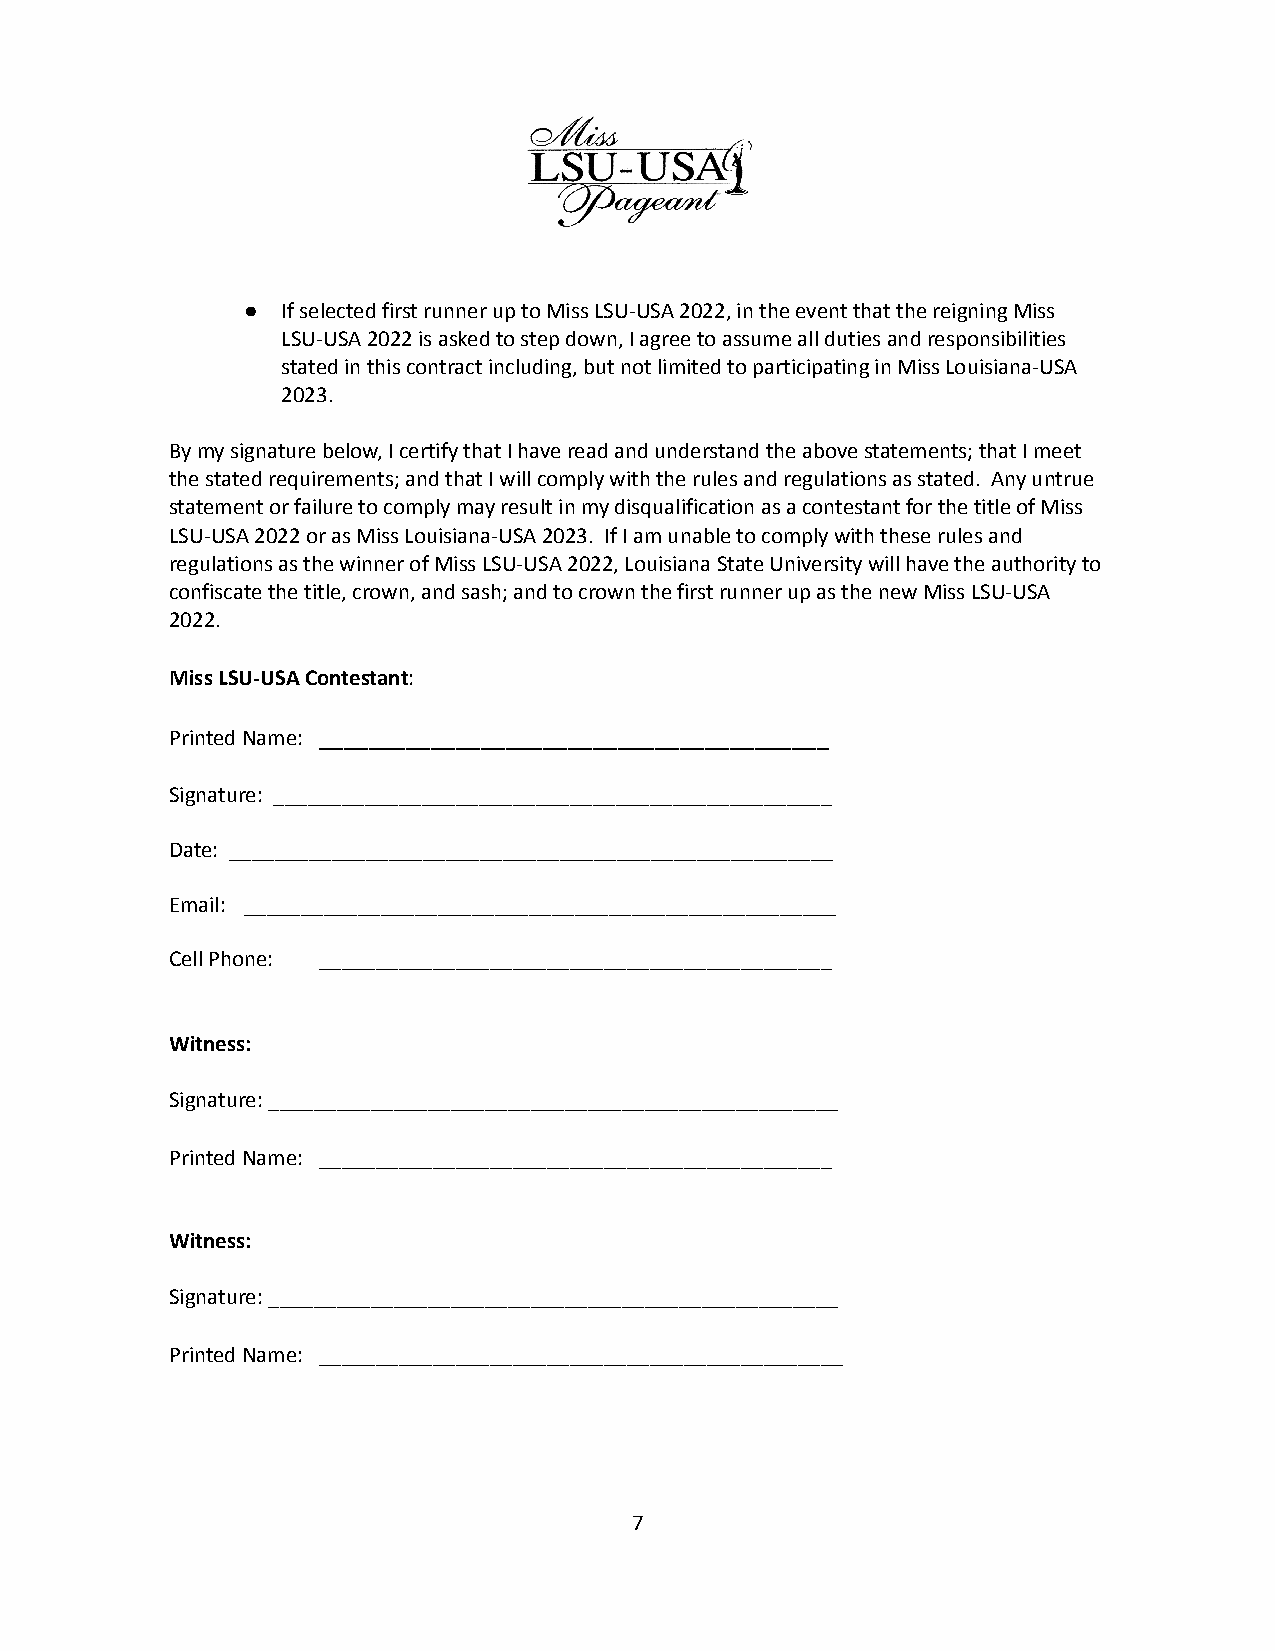
●  If selected first runner up to Miss LSU-USA 2022, in the event that the reigning Miss
 LSU-USA 2022 is asked to step down, I agree to assume all duties and responsibilities
 stated in this contract including, but not limited to participating in Miss Louisiana-USA
 2023.
 By my signature below, I certify that I have read and understand the above statements; that I meet
 the stated requirements; and that I will comply with the rules and regulations as stated. Any untrue
 statement or failure to comply may result in my disqualification as a contestant for the title of Miss
 LSU-USA 2022 or as Miss Louisiana-USA 2023. If I am unable to comply with these rules and
 regulations as the winner of Miss LSU-USA 2022, Louisiana State University will have the authority to
 confiscate the title, crown, and sash; and to crown the first runner up as the new Miss LSU-USA
 2022.
 Miss LSU-USA Contestant:
 Printed Name: _________________________________________
 Signature: _________________________________________________
 Date: _____________________________________________________
 Email: ____________________________________________________
 Cell Phone: _____________________________________________
 Witness:
 Signature: __________________________________________________
 Printed Name: _____________________________________________
 Witness:
 Signature: __________________________________________________
 Printed Name: ______________________________________________
 7